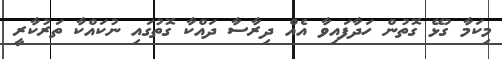
މިކަމާ ގުޅޭ ގޮތުން ހަދާފައިވާ އެއް ދިރާސާ ދައްކާ ގޮތުގައި ނުކައްކާ ތަރުކާރީ